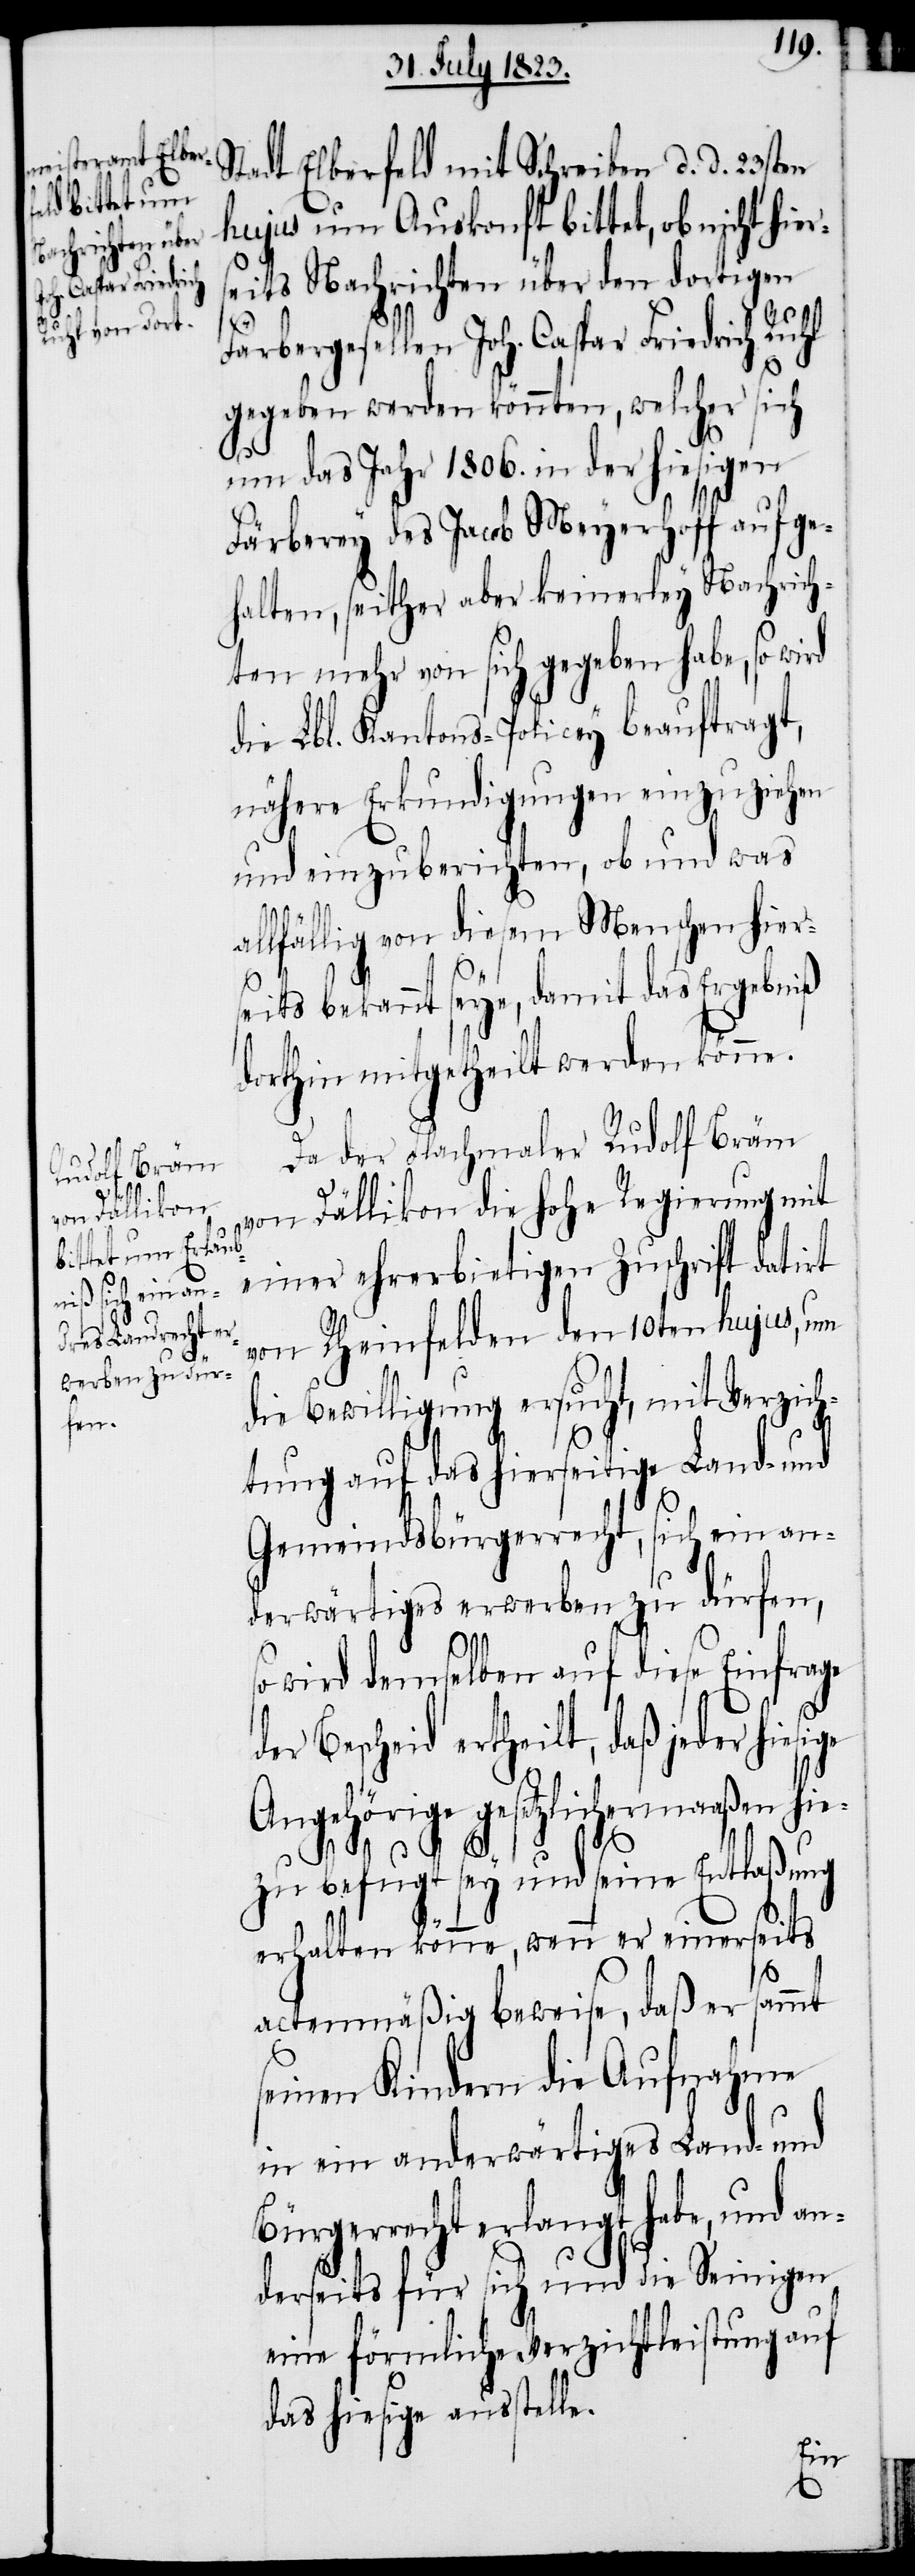
Stadt Eberfeld mit Schreiben d. d. 23sten
hujus um Auskonft bittet, ob nicht hier¬
seits Nachrichten über den dortigen
Färbergesellen Joh. Caspar Friedrich Ruhl
gegeben werden könnten, welcher sich
um das Jahr 1806. in der hiesigen
Färberey des Jacob Meyerhoff aufge¬
halten, seither aber keinerley Nachrich¬
ten mehr von sich gegeben habe, so wird
die Lbl. Kantons-Policey beauftragt,
nähere Erkundigungen einzuziehen
und einzuberichten, ob und was
allfällig von diesem Menschen hier¬
seits bekannt seye, damit das Ergebnis
dorthin mitgetheilt werden könne.
Da der Flachmaler Rudolf Bräm
von Dällikon die hohe Regierung mit
einer ehrerbietigen Zuschrift datirt
von Rheinfelden den 10ten hujus, um
die Bewilligung ersucht, mit Verzich¬
tung auf das hierseitige Land- und
Gemeindsbürgerrecht, sich ein an¬
derwärtiges erwerben zu dürfen,
wird demselben auf diese Einfrage
der Bescheid ertheilt, daß jeder hiesige
Angehörige gesetzlichermaaßen hie¬
zu befugt sey und seine Entlaßung
erhalten könne, wenn er einerseits
actenmäßig beweise, daß er sammt
seinen Kindern die Aufnahme
in ein anderwärtiges Land- und
Bürgerrecht erlangt habe, und an¬
derseits für sich und die Seinigen
eine förmliche Verzichtleistung auf
das hiesige ausstelle.